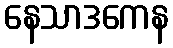
နေသာဒကေန